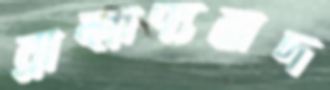
ব্রাহ্মণ্যবাদ